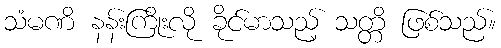
သံမဏိ နန်းကြိုးလို ခိုင်မာသည့် သတ္တိ ဖြစ်သည်။